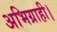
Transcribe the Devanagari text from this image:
अभिग्राही।